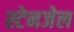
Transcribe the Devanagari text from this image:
स्टेनजेल